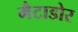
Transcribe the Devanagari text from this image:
मैटाडोर